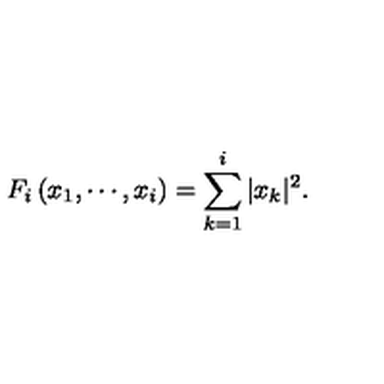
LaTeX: F _ { i } \left( x _ { 1 } , \cdots , x _ { i } \right) = \sum _ { k = 1 } ^ { i } | x _ { k } | ^ { 2 } .